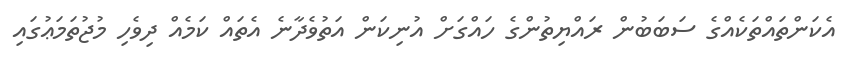
އެކަންތައްތަކެއްގެ ސަބަބުން ރައްޔިތުންގެ ހައްގަށް އުނިކަން އަތުވެދާނެ އެތައް ކަމެއް ދިވެހި މުޖުތަމަޢުގައި